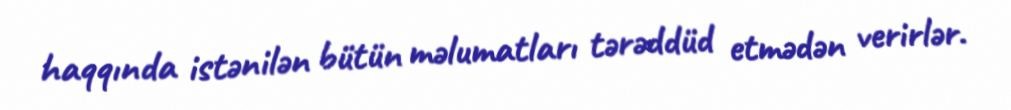
haqqında istənilən bütün məlumatları tərəddüd etmədən verirlər.